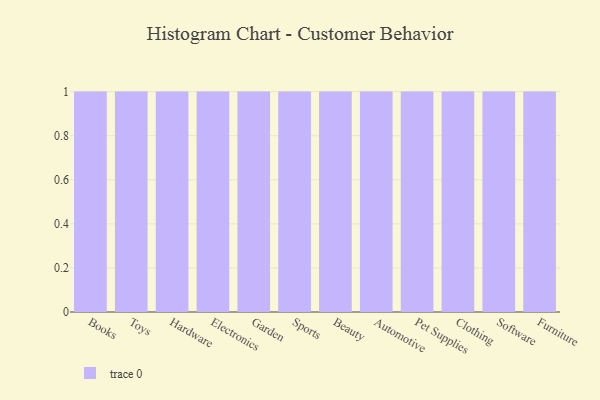
{"axis": {"x": "Category", "y": "Temperature (°C)"}, "legend": [""], "data": [{"x": "Books", "y": 20, "type": ""}, {"x": "Toys", "y": 77, "type": ""}, {"x": "Hardware", "y": 2, "type": ""}, {"x": "Electronics", "y": 56, "type": ""}, {"x": "Garden", "y": 45, "type": ""}, {"x": "Sports", "y": 34, "type": ""}, {"x": "Beauty", "y": 64, "type": ""}, {"x": "Automotive", "y": 13, "type": ""}, {"x": "Pet Supplies", "y": 15, "type": ""}, {"x": "Clothing", "y": 30, "type": ""}, {"x": "Software", "y": 8, "type": ""}, {"x": "Furniture", "y": 62, "type": ""}]}